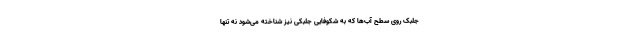
جلبک‌ روی سطح آب‌ها که به شکوفایی جلبکی نیز شناخته می‌شود نه تنها